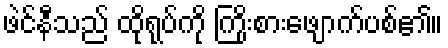
ဖဲင်နီသည် ထိုရုပ်ကို ကြိုးစားဖျောက်ပစ်၏။